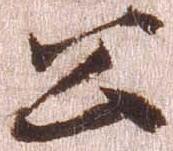
公